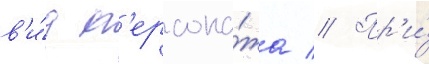
в'и́д п'ерсона́жа // Пр'и́